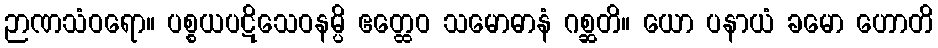
ဉာဏသံဝရော။ ပစ္စယပဋိသေဝနမ္ပိ ဧတ္ထေဝ သမောဓာနံ ဂစ္ဆတိ။ ယော ပနာယံ ခမော ဟောတိ